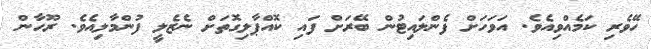
ހޭވެރި ކަމެއްވިއެވެ. އަވަހަށް ފެންލައިޓުން ބޭރަށް ފައި ކޮއްޕާލިގޮތަށް ނެޒެލީ ފުންމާލިއެވެ. ރޫހާން